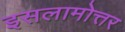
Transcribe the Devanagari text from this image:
इसलामोत्तर